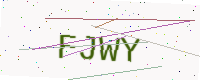
Text: FJWY